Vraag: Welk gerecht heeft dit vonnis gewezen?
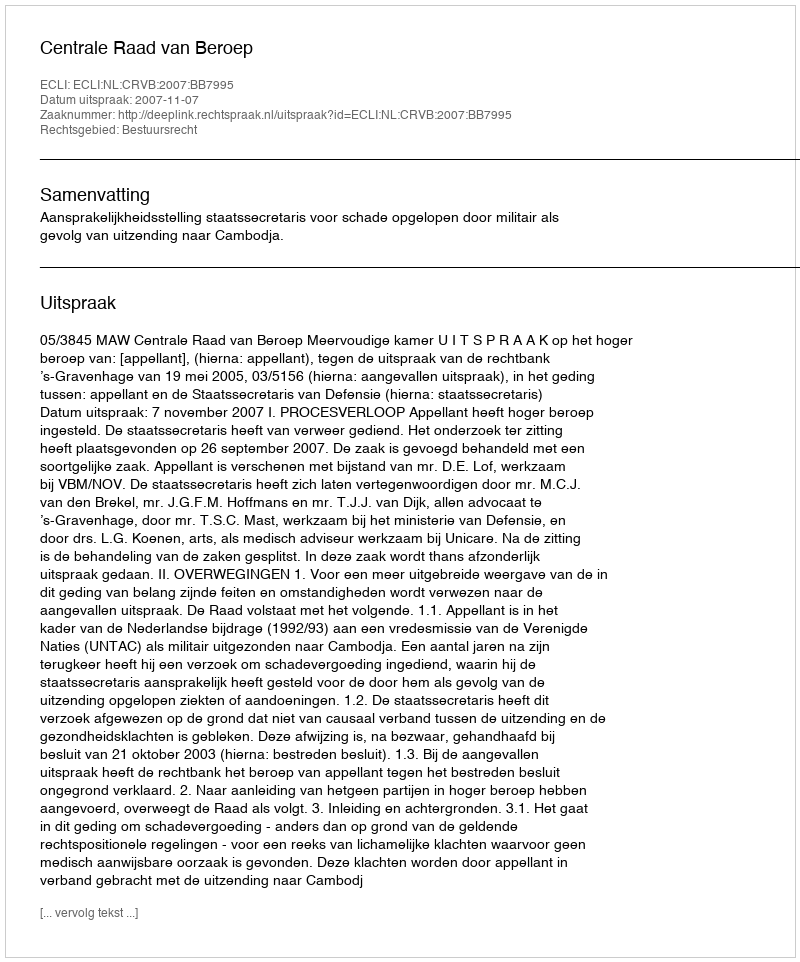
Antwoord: Centrale Raad van Beroep